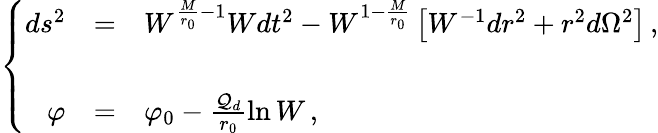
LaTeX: \left\{ \begin{array}{rcl}{{ds^{2}}}&{{=}}&{{W^{\frac{M}{r_{0}}-1}Wdt^{2}-W^{1-\frac{M}{r_{0}}}\left[W^{-1}dr^{2}+r^{2}d\Omega^{2}\right]\, ,}}\\ {{}}&{{}}&{{}}\\ {{\varphi}}&{{=}}&{{\varphi_{0}-\frac{{\cal Q}_{d}}{r_{0}}\ln W\, ,}}\end{array}\right.